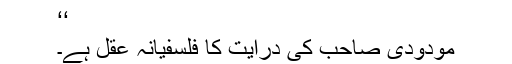
‘‘
مودودی صاحب کی درایت کا فلسفیانہ عقل ہے۔